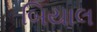
બિયાલ